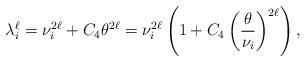
LaTeX: \begin{align*} \lambda_i^\ell = \nu_i^{2\ell} + C_4 \theta^{2\ell} = \nu_i^{2\ell}\left(1 + C_4\left( \frac{\theta}{\nu_i}\right)^{2\ell}\right),\end{align*}